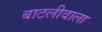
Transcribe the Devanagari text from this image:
बाटलीवाला